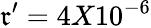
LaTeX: \mathfrak{r}^{\prime}=4X10^{-6}